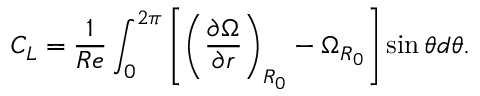
C _ { L } = \frac { 1 } { R e } \int _ { 0 } ^ { 2 \pi } \left[ \left( \frac { \partial \Omega } { \partial r } \right) _ { R _ { 0 } } - \Omega _ { R _ { 0 } } \right] \sin { \theta } d \theta .